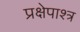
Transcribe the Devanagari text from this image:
प्रक्षेपाश्त्र